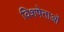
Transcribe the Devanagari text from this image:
विशषेताओं